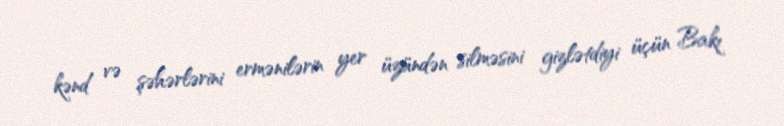
kənd və şəhərlərini ermənilərin yer üzündən silməsini gizlətdiyi üçün Bakı